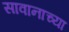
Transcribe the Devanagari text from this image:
सावानाच्या